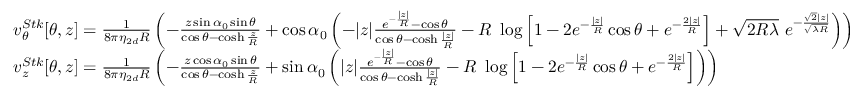
\begin{array} { r l } & { v _ { \theta } ^ { S t k } [ \theta , z ] = \frac { 1 } { 8 \pi \eta _ { 2 d } R } \left( - \frac { z \sin \alpha _ { 0 } \sin \theta } { \cos \theta - \cosh \frac { z } { R } } + \cos \alpha _ { 0 } \left( - | z | \frac { e ^ { - \frac { | z | } { R } } - \cos \theta } { \cos \theta - \cosh \frac { | z | } { R } } - R ~ \log \left[ 1 - 2 e ^ { - \frac { | z | } { R } } \cos \theta + e ^ { - \frac { 2 | z | } { R } } \right] + \sqrt { 2 R \lambda } ~ e ^ { - \frac { \sqrt { 2 } | z | } { \sqrt { \lambda R } } } \right) \right) } \\ & { v _ { z } ^ { S t k } [ \theta , z ] = \frac { 1 } { 8 \pi \eta _ { 2 d } R } \left( - \frac { z \cos \alpha _ { 0 } \sin \theta } { \cos \theta - \cosh \frac { z } { R } } + \sin \alpha _ { 0 } \left( | z | \frac { e ^ { - \frac { | z | } { R } } - \cos \theta } { \cos \theta - \cosh \frac { | z | } { R } } - R ~ \log \left[ 1 - 2 e ^ { - \frac { | z | } { R } } \cos \theta + e ^ { - \frac { 2 | z | } { R } } \right] \right) \right) } \end{array}